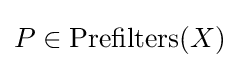
P\in \operatorname {Prefilters} (X)